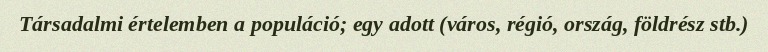
Társadalmi értelemben a populáció; egy adott (város, régió, ország, földrész stb.)